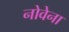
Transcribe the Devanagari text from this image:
नोवेना